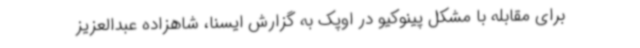
برای مقابله با مشکل پینوکیو در اوپک به گزارش ایسنا، شاهزاده عبدالعزیز